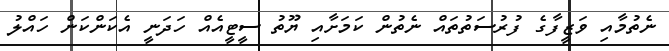
ނެތުމާއި ވަޒީފާގެ ފުރުސަތުތައް ނެތުން ކަމަށާއި ޔޫތު ސީޓީއެއް ހަދަނީ އެކަންކަން ހައްލު